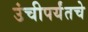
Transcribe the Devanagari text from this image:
उंचीपर्यंतचे